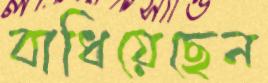
বাধিয়েছেন